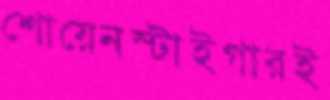
শোয়েনস্টাইগারই